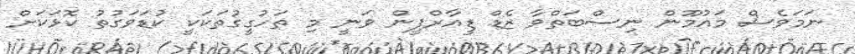
ނަމަވެސް މައުމޫން ނިސްބަތްވާ ޒެޑް ޑީއާރްޕީން ވަނީ މި ތަހުގީގުތަކަކީ ކުޑަވަގުތު ކޮޅަކަށް